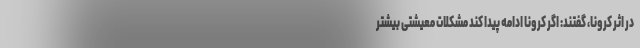
در اثر کرونا، گفتند: اگر کرونا ادامه پیدا کند مشکلات معیشتی بیشتر